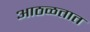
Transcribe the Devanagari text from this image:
आठळतात